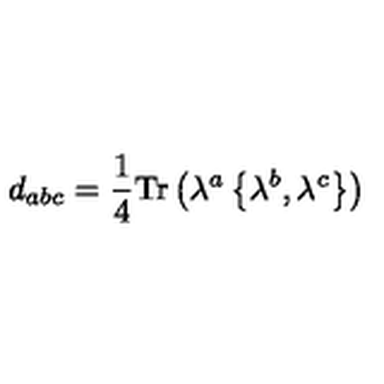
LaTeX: d _ { a b c } = \frac { 1 } { 4 } \mathrm { T r } \left( \lambda ^ { a } \left\{ \lambda ^ { b } , \lambda ^ { c } \right\} \right)